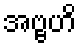
အဗ္ဗဟိ